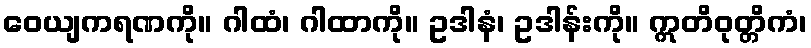
ဝေယျကရဏကို။ ဂါထံ၊ ဂါထာကို။ ဥဒါနံ၊ ဥဒါန်းကို။ ဣတိဝုတ္တိကံ၊